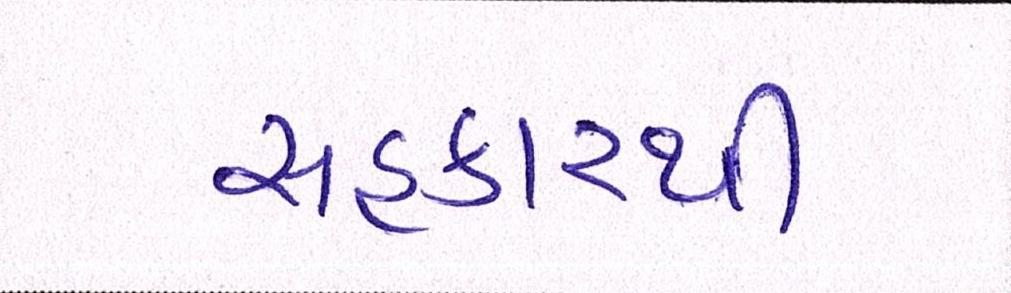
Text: સહકારથી